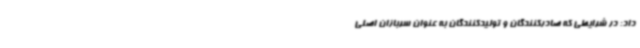
داد: در شرایطی که صادرکنندگان و تولیدکنندگان به عنوان سربازان اصلی